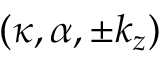
( \kappa , \alpha , \pm k _ { z } )